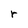
Character: r